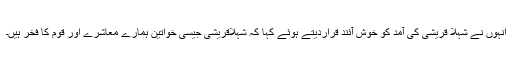
انہوں نے شہلا قریشی کی آمد کو خوش آئند قراردیتے ہوئے کہا کہ شہلاقریشی جیسی خواتین ہمارے معاشرے اور قوم کا فخر ہیں۔